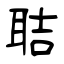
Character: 聐